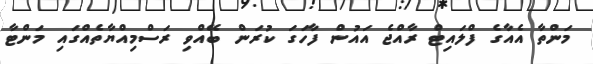
މަންތާ އެއާގެ ފްލައިޓް ރާއްޖެ އައުން ފާހަގަ ކުރަން ބޭއްވި ރަސްމިއްޔާތެއްގައި މަންޓާ